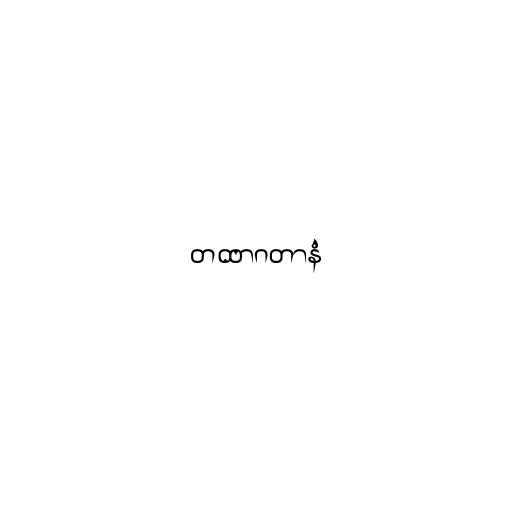
တထာဂတာနံ